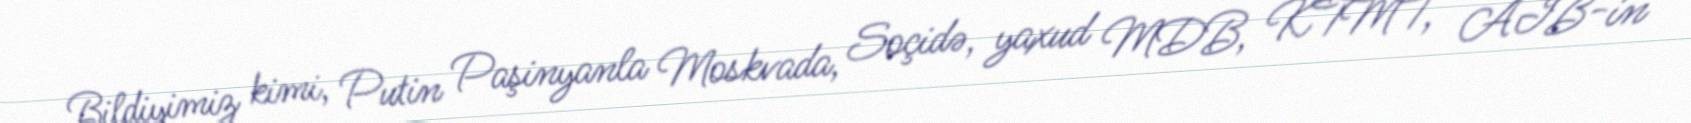
Bildiyimiz kimi, Putin Paşinyanla Moskvada, Soçidə, yaxud MDB, KTMT, AİB-in